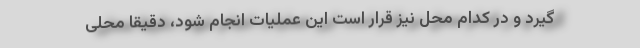
گیرد و در کدام محل نیز قرار است این عملیات انجام شود، دقیقاً محلی